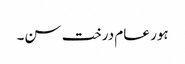
ہور عام درخت سن۔